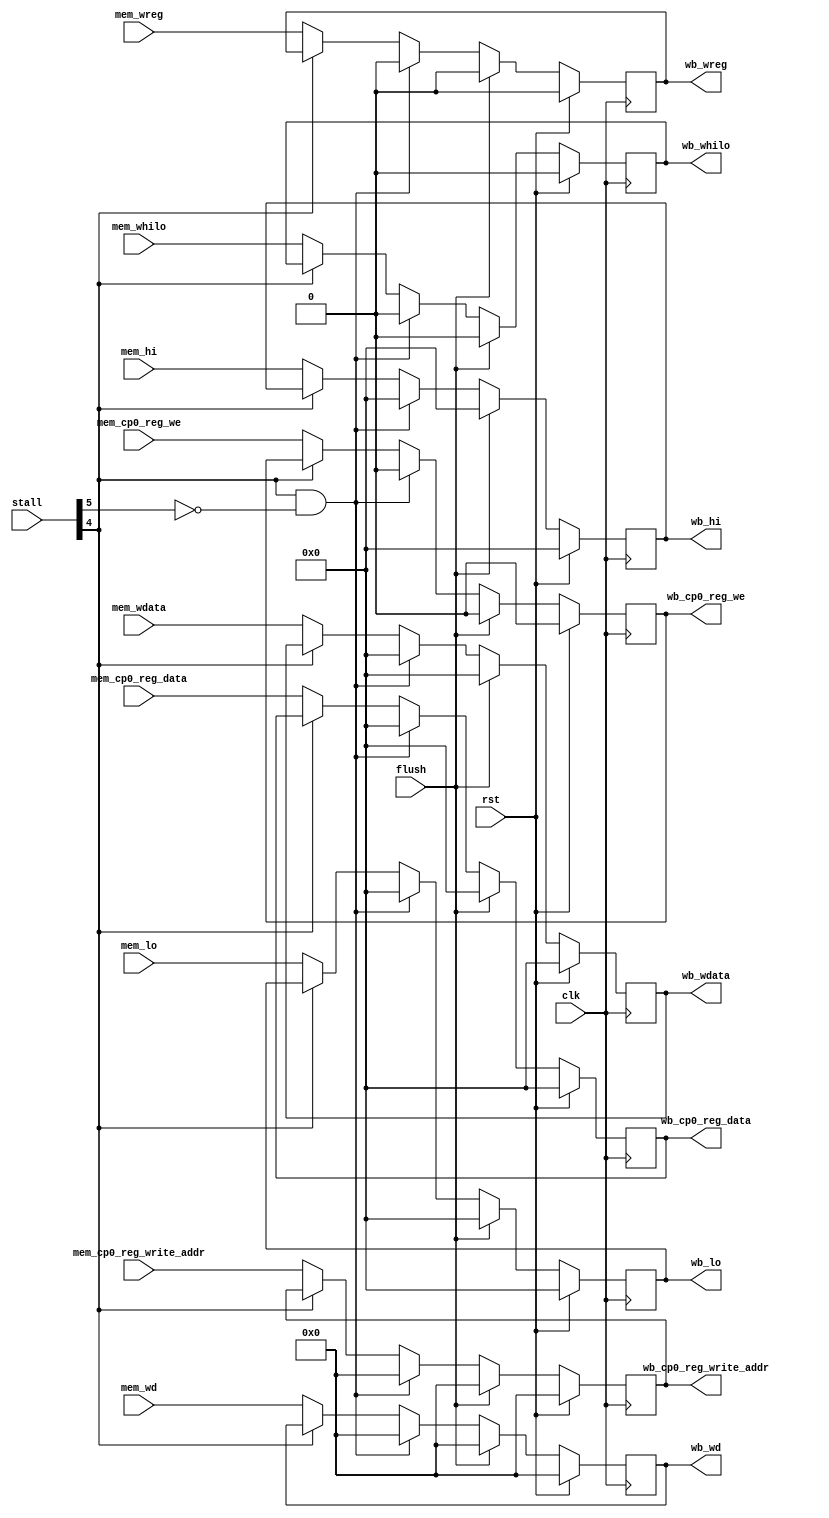
module MEMWB(
    input clk,
    input rst,
	 input [5:0] stall,
    input [4:0] mem_wd,
    input mem_wreg,
    input [31:0] mem_wdata,
	 input [31:0] mem_hi,
	 input [31:0] mem_lo,
	 input  mem_whilo,
////////////////////
    input mem_cp0_reg_we,
	 input [4:0] mem_cp0_reg_write_addr,
	 input [31:0] mem_cp0_reg_data,
	 
	 input flush,
	 
	 output reg wb_cp0_reg_we,
	 output reg[4:0]wb_cp0_reg_write_addr,
	 output reg [31:0] wb_cp0_reg_data,
/////////////////////
	  
    output reg [4:0] wb_wd,
    output reg wb_wreg,
    output reg [31:0] wb_wdata,
	 output reg [31:0] wb_hi,
	 output reg [31:0] wb_lo,
	 output reg wb_whilo
    );
always@(posedge clk) begin 
if(rst) begin
    wb_wd <= 5'b00000;
	 wb_wreg <= 0;
	 wb_wdata <= 32'h00000000;
	 wb_hi <= 8'h00000000;
	 wb_lo <= 8'h00000000;
	 wb_whilo <= 0;
	 wb_cp0_reg_we <= 1'b0;
	 wb_cp0_reg_write_addr <= 5'b00000;
	 wb_cp0_reg_data <= 32'h00000000;
	    end 
else if(flush == 1'b1) begin
   wb_wd <= 5'b00000;
	 wb_wreg <= 0;
	 wb_wdata <= 32'h00000000;
	 wb_hi <= 8'h00000000;
	 wb_lo <= 8'h00000000;
	 wb_whilo <= 0;
	 wb_cp0_reg_we <= 1'b0;
	 wb_cp0_reg_write_addr <= 5'b00000;
	 wb_cp0_reg_data <= 32'h00000000;
	 end
else if(stall[4] == 1 && stall[5] == 0) begin 
    wb_wd <= 5'b00000;
	 wb_wreg <= 0;
	 wb_wdata <= 8'h00000000;
	 wb_hi <= 8'h00000000;
	 wb_lo <= 8'h00000000;
	 wb_whilo <= 0;
	 wb_cp0_reg_we <= 1'b0;
	 wb_cp0_reg_write_addr <= 5'b00000;
	 wb_cp0_reg_data <= 32'h00000000;
	 end
else if(stall[4] == 0) begin 
    wb_wd <= mem_wd;
	 wb_wreg <= mem_wreg;
	 wb_wdata <= mem_wdata;
	 wb_hi <= mem_hi;
	 wb_lo <= mem_lo;
	 wb_whilo <= mem_whilo;
    wb_cp0_reg_we <= mem_cp0_reg_we;
	 wb_cp0_reg_write_addr <= mem_cp0_reg_write_addr;
	 wb_cp0_reg_data <= mem_cp0_reg_data;
	 end
end

endmodule